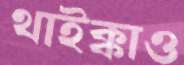
থাইক্কাও